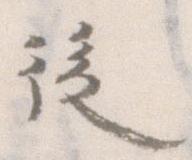
後